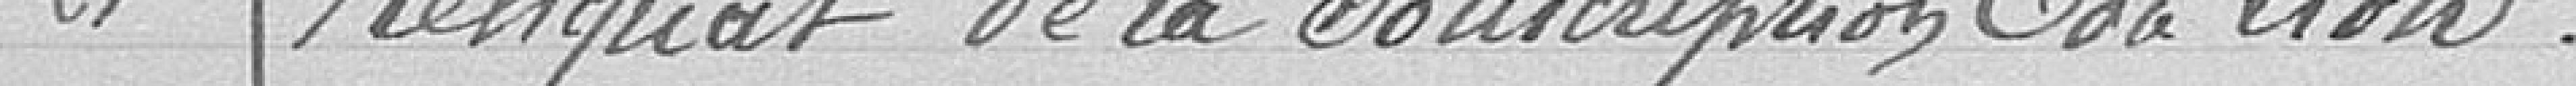
21. Reliquat de la souscription du lion